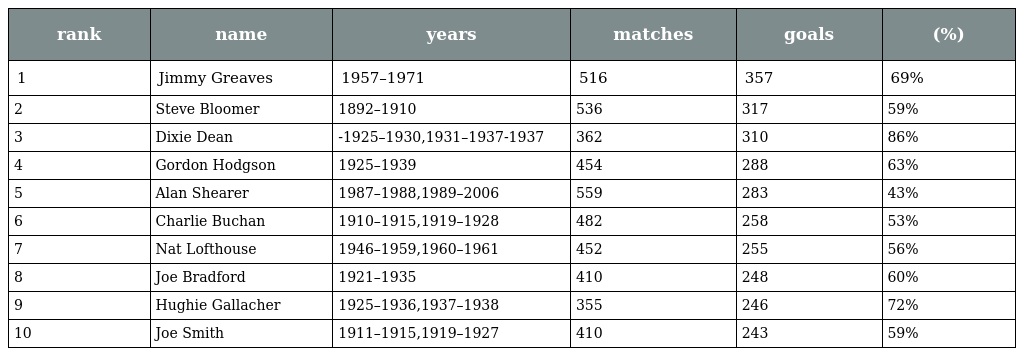
| rank | name | years | matches | goals | (%) |
 | --- | --- | --- | --- | --- | --- |
 | 1 | Jimmy Greaves | 1957–1971 | 516 | 357 | 69% |
 | 2 | Steve Bloomer | 1892–1910 | 536 | 317 | 59% |
 | 3 | Dixie Dean | -1925–1930,1931–1937-1937 | 362 | 310 | 86% |
 | 4 | Gordon Hodgson | 1925–1939 | 454 | 288 | 63% |
 | 5 | Alan Shearer | 1987–1988,1989–2006 | 559 | 283 | 43% |
 | 6 | Charlie Buchan | 1910–1915,1919–1928 | 482 | 258 | 53% |
 | 7 | Nat Lofthouse | 1946–1959,1960–1961 | 452 | 255 | 56% |
 | 8 | Joe Bradford | 1921–1935 | 410 | 248 | 60% |
 | 9 | Hughie Gallacher | 1925–1936,1937–1938 | 355 | 246 | 72% |
 | 10 | Joe Smith | 1911–1915,1919–1927 | 410 | 243 | 59% |